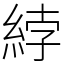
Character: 綍